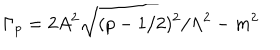
\Gamma _ { p } = 2 A ^ { 2 } \sqrt { ( p - 1 / 2 ) ^ { 2 } / \Lambda ^ { 2 } - m ^ { 2 } }